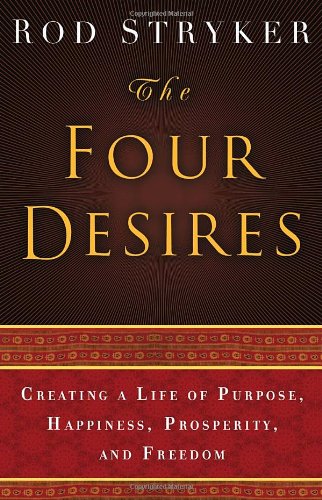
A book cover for The Four Desires: Creating a Life of Purpose, Happiness, Prosperity, and Freedom; Rod Stryker; Religion & Spirituality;